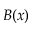
B ( x )